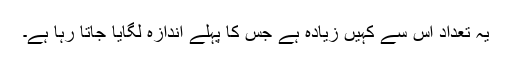
یہ تعداد اُس سے کہیں زیادہ ہے جس کا پہلے اندازہ لگایا جاتا رہا ہے۔